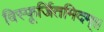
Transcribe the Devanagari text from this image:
विस्फूर्जितमिदम्।।